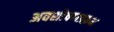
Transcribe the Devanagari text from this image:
अवशोषणप्रक्रम